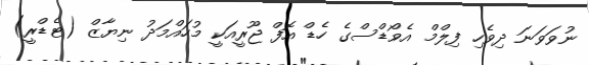
ނުވަވަނަ ދިވެހި ފިލްމް އެވޯޑްސްގެ ހެޑް އޮފް ޖޫރީއަކީ މުހައްމަދު ނިޔާޒް (ޓެޑްރީ)